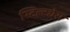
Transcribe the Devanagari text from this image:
स्टिल्ट्येस